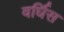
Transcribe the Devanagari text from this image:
वर्घिस